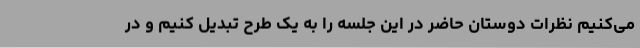
می‌کنیم نظرات دوستان حاضر در این جلسه را به یک طرح تبدیل کنیم و در